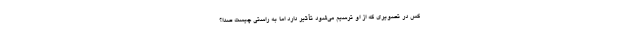
کس در تصویری که از او ترسیم می‌شود تأثیر دارد اما به راستی چیست صدا؟